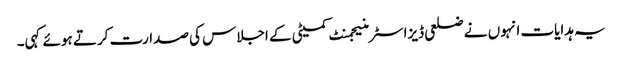
یہ ہدایات انہوں نے ضلعی ڈیزاسٹر منیجمنٹ کمیٹی کے اجلاس کی صدارت کرتے ہوئے کہی۔